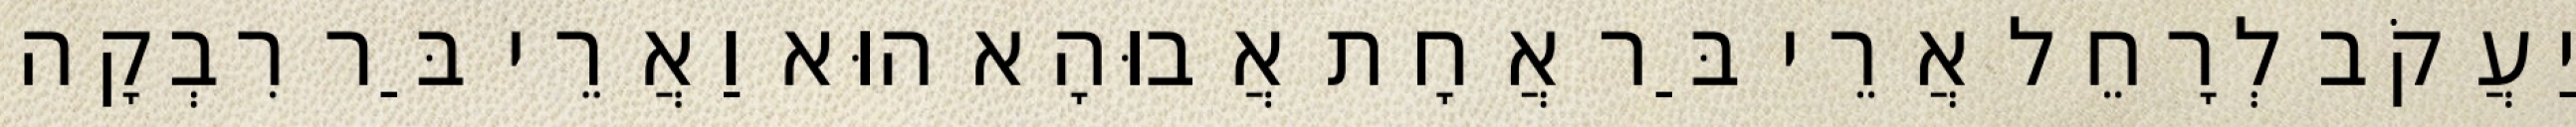
יַעֲקֹב לְרָחֵל אֲרֵי בַּר אֲחָת אֲבוּהָא הוּא וַאֲרֵי בַּר רִבְקָה